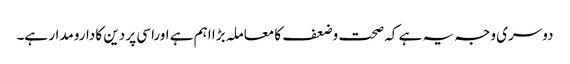
دوسری وجہ یہ ہے کہ صحت وضعف کا معاملہ بڑا اہم ہے اوراسی پر دین کا دارومدار ہے۔